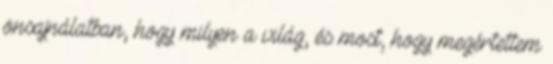
önsajnálatban, hogy milyen a világ, és most, hogy megértettem